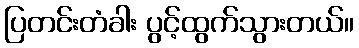
ပြတင်းတံခါး ပွင့်ထွက်သွားတယ်။